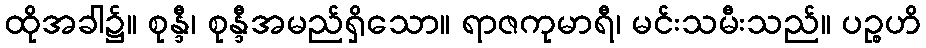
ထိုအခါ၌။ စုန္ဒီ၊ စုန္ဒီအမည်ရှိသော။ ရာဇကုမာရီ၊ မင်းသမီးသည်။ ပဉ္စဟိ